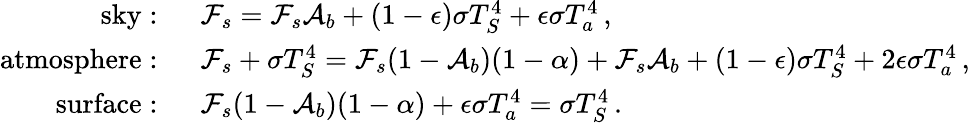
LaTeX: \begin{array}{rl}{\mathrm{sky:~}}&{\mathcal{F}_{s}=\mathcal{F}_{s}\mathcal{A}_{b}+(1-\epsilon)\sigma T_{S}^{4}+\epsilon\sigma T_{a}^{4}\, ,}\\ {\mathrm{atmosphere:~}}&{\mathcal{F}_{s}+\sigma T_{S}^{4}=\mathcal{F}_{s}(1-\mathcal{A}_{b})(1-\alpha)+\mathcal{F}_{s}\mathcal{A}_{b}+(1-\epsilon)\sigma T_{S}^{4}+2\epsilon\sigma T_{a}^{4}\, ,}\\ {\mathrm{surface:~}}&{\mathcal{F}_{s}(1-\mathcal{A}_{b})(1-\alpha)+\epsilon\sigma T_{a}^{4}=\sigma T_{S}^{4}\, .}\end{array}